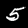
Digit: 5